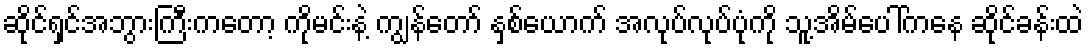
ဆိုင်ရှင်အဘွားကြီးကတော့ ကိုမင်းနဲ့ ကျွန်တော် နှစ်ယောက် အလုပ်လုပ်ပုံကို သူ့အိမ်ပေါ်ကနေ ဆိုင်ခန်းထဲ